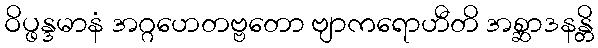
ဝိပ္ဖန္ဒမာနံ အဂ္ဂဟေတဗ္ဗတော ဗျာကရောဟီတိ အစ္ဆာဒနန္တိ